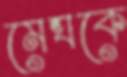
মেঘকে